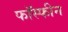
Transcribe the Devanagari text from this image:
फॉस्फीन